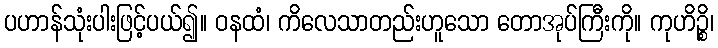
ပဟာန်သုံးပါးဖြင့်ပယ်၍။ ဝနထံ၊ ကိလေသာတည်းဟူသော တောအုပ်ကြီးကို။ ကုဟိဉ္စိ၊